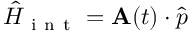
\hat { H } _ { \mathrm { ~ i ~ n ~ t ~ } } = \mathbf { A } ( t ) \cdot \hat { p }